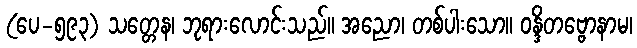
(ပေ-၅၉၃) သတ္တေန၊ ဘုရားလောင်းသည်။ အညော၊ တစ်ပါးသော။ ဝန္ဒိတဗ္ဗောနာမ၊